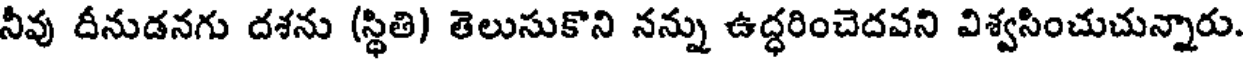
నీవు దీనుడనగు దశను (స్థితి) తెలుసుకొని నన్ను ఉద్ధరించెదవని విశ్వసించుచున్నారు.